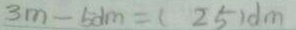
3 m - 5 d m = ( 2 5 ) d m